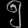
Digit: ၅